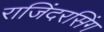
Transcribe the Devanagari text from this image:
राजिंदरसिंग